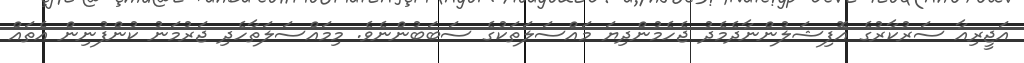
އަޖީރިއާ ސަރުކާރުގެ އޮފިޝަލުންނާދެމެދު ޖެހެމުންދިޔަ މައްސަލަތަކުގެ ސަބަބުންނެވެ. މިމައްސަލަތާހެދި ޖަރުމަނު ކުންފުނިން އެތައް